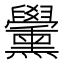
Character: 𦧀